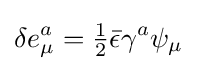
\delta e_{\mu }^{a}={\tfrac {1}{2}}{\bar {\epsilon }}\gamma ^{a}\psi _{\mu }